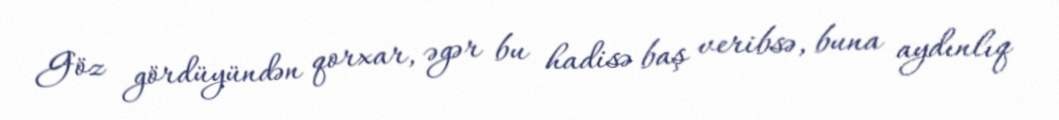
Göz gördüyündən qorxar, əgər bu hadisə baş veribsə, buna aydınlıq